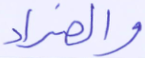
والضراء